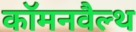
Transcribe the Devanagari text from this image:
कॉमनवैल्‍थ